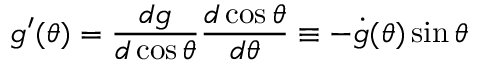
g ^ { \prime } ( \theta ) = \frac { d g } { d \cos \theta } \frac { d \cos \theta } { d \theta } \equiv - \dot { g } ( \theta ) \sin \theta